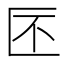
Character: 𠤯